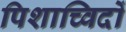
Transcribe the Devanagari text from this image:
पिशाच्विदों